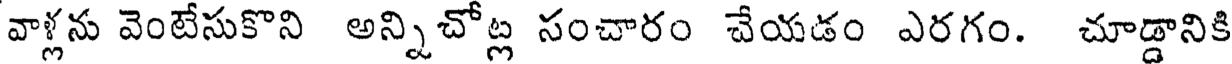
వాళ్లను వెంటేసుకొని అన్నిచోట్ల సంచారం చేయడం ఎరగం. చూడ్డానికి